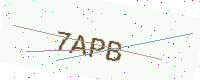
Text: 7APB